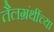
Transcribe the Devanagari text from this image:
तैलग्रंथींच्या